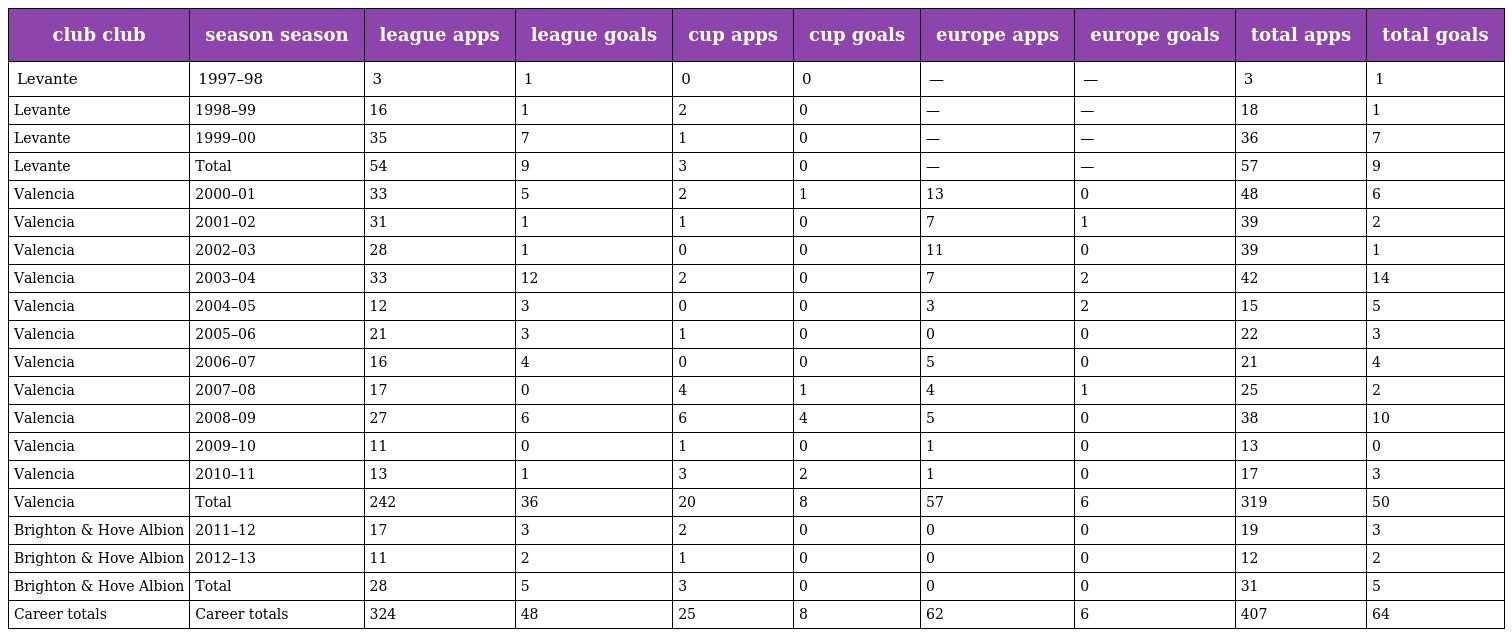
| club club | season season | league apps | league goals | cup apps | cup goals | europe apps | europe goals | total apps | total goals |
 | --- | --- | --- | --- | --- | --- | --- | --- | --- | --- |
 | Levante | 1997–98 | 3 | 1 | 0 | 0 | — | — | 3 | 1 |
 | Levante | 1998–99 | 16 | 1 | 2 | 0 | — | — | 18 | 1 |
 | Levante | 1999–00 | 35 | 7 | 1 | 0 | — | — | 36 | 7 |
 | Levante | Total | 54 | 9 | 3 | 0 | — | — | 57 | 9 |
 | Valencia | 2000–01 | 33 | 5 | 2 | 1 | 13 | 0 | 48 | 6 |
 | Valencia | 2001–02 | 31 | 1 | 1 | 0 | 7 | 1 | 39 | 2 |
 | Valencia | 2002–03 | 28 | 1 | 0 | 0 | 11 | 0 | 39 | 1 |
 | Valencia | 2003–04 | 33 | 12 | 2 | 0 | 7 | 2 | 42 | 14 |
 | Valencia | 2004–05 | 12 | 3 | 0 | 0 | 3 | 2 | 15 | 5 |
 | Valencia | 2005–06 | 21 | 3 | 1 | 0 | 0 | 0 | 22 | 3 |
 | Valencia | 2006–07 | 16 | 4 | 0 | 0 | 5 | 0 | 21 | 4 |
 | Valencia | 2007–08 | 17 | 0 | 4 | 1 | 4 | 1 | 25 | 2 |
 | Valencia | 2008–09 | 27 | 6 | 6 | 4 | 5 | 0 | 38 | 10 |
 | Valencia | 2009–10 | 11 | 0 | 1 | 0 | 1 | 0 | 13 | 0 |
 | Valencia | 2010–11 | 13 | 1 | 3 | 2 | 1 | 0 | 17 | 3 |
 | Valencia | Total | 242 | 36 | 20 | 8 | 57 | 6 | 319 | 50 |
 | Brighton & Hove Albion | 2011–12 | 17 | 3 | 2 | 0 | 0 | 0 | 19 | 3 |
 | Brighton & Hove Albion | 2012–13 | 11 | 2 | 1 | 0 | 0 | 0 | 12 | 2 |
 | Brighton & Hove Albion | Total | 28 | 5 | 3 | 0 | 0 | 0 | 31 | 5 |
 | Career totals | Career totals | 324 | 48 | 25 | 8 | 62 | 6 | 407 | 64 |